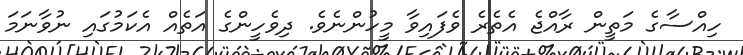
ހިއްސާގެ މަތީން ރާއްޖެ އެތެރެ ވެފައިވާ މީހުންނެވެ. ދިވެހީންގެ އަތެއް އެކަމުގައި ނުވާނަމަ